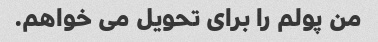
من پولم را برای تحویل می خواهم.